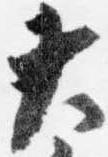
大